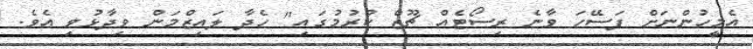
އެމީހުންނަށް ފަސޭހަ ވާނެ ރިސޯޓެއް ޗޫޒް ކުރުމުގައި" ހެދާ ލައިޒްމަން ވިދާޅުވި އެވެ.